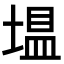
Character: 𪤂